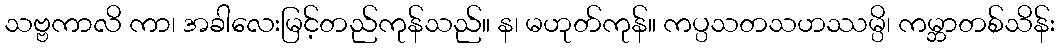
သဗ္ဗကာလိ ကာ၊ အခါလေးမြင့်တည်ကုန်သည်။ န၊ မဟုတ်ကုန်။ ကပ္ပသတသဟဿမ္ပိ၊ ကမ္ဘာတစ်သိန်း